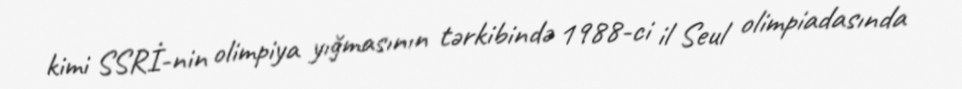
kimi SSRİ-nin olimpiya yığmasının tərkibində 1988-ci il Seul olimpiadasında